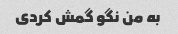
به من نگو ​​گمش کردی